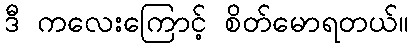
ဒီ ကလေးကြောင့် စိတ်မောရတယ်။